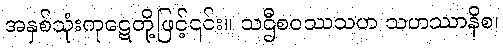
အနှစ်သုံးကုဋေတို့ဖြင့်၎င်း။ သဌီစဝဿသဟ သဟဿာနိစ၊